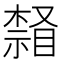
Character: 𣛒